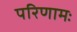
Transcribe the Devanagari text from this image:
परिणामः